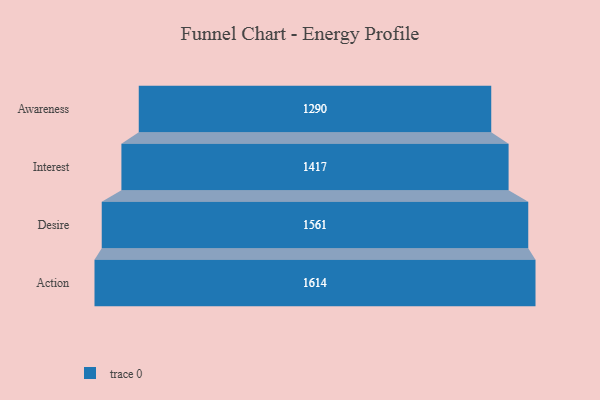
{"axis": {"x": "Stage", "y": "Value"}, "legend": [""], "data": [{"x": "Awareness", "y": 1290.0, "type": ""}, {"x": "Interest", "y": 1417.0, "type": ""}, {"x": "Desire", "y": 1561.0, "type": ""}, {"x": "Action", "y": 1614.0, "type": ""}]}